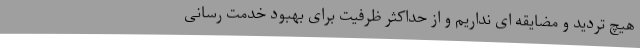
هیچ تردید و مضایقه ای نداریم و از حداکثر ظرفیت برای بهبود خدمت رسانی